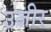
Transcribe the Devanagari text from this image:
उजीर